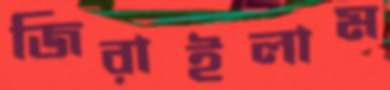
জিরাইলাম